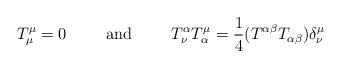
LaTeX: \begin{align*}T^{\mu}_{\mu} =0 \hspace{1cm} \mbox{and} \hspace{1cm} T^{\alpha}_{\nu}T^{\mu}_{\alpha} = \frac{1}{4} (T^{\alpha \beta} T_{\alpha \beta}) \delta^{\mu}_{\nu}\end{align*}